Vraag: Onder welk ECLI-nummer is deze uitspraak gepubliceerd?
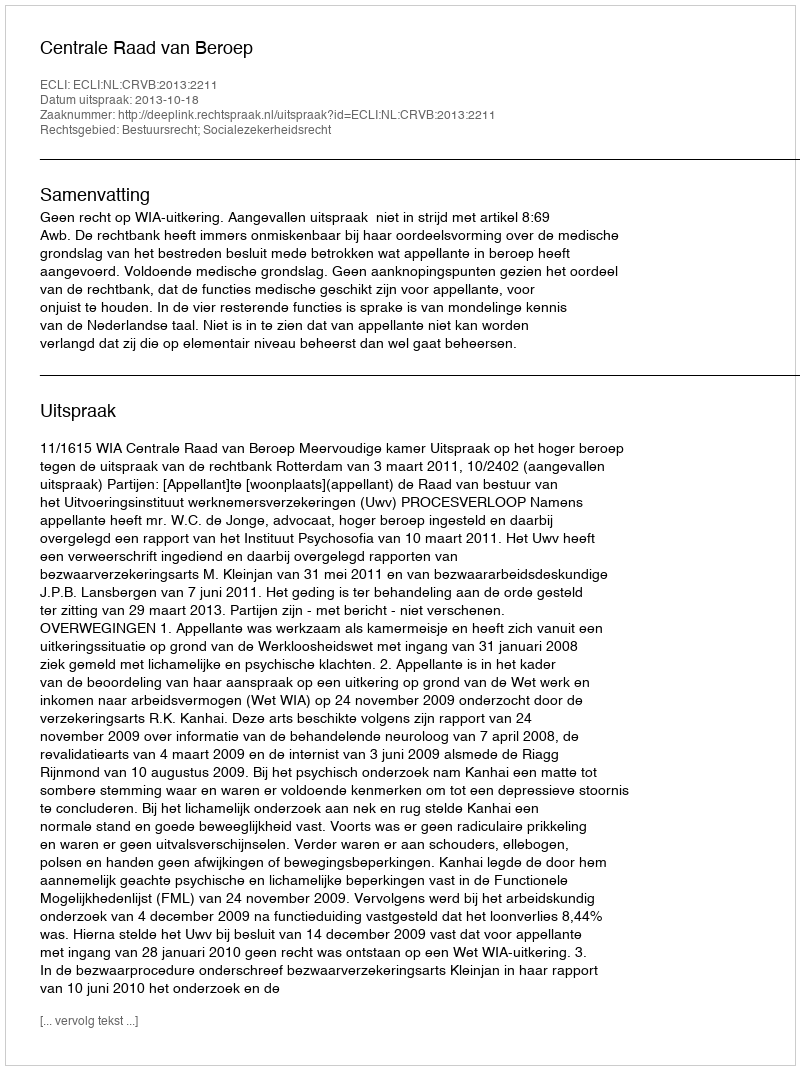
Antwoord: ECLI:NL:CRVB:2013:2211